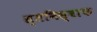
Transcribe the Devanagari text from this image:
स्तनिस्वाफ